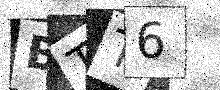
Text: BTT6